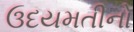
ઉદયમતીનો